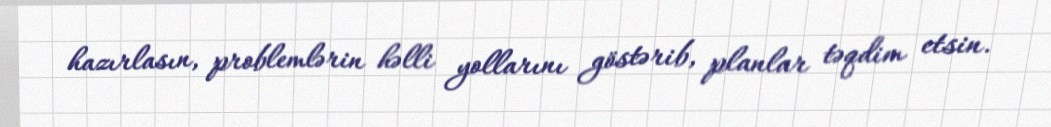
hazırlasın, problemlərin həlli yollarını göstərib, planlar təqdim etsin.